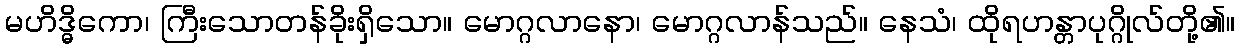
မဟိဒ္ဓိကော၊ ကြီးသောတန်ခိုးရှိသော။ မောဂ္ဂလာနော၊ မောဂ္ဂလာန်သည်။ နေသံ၊ ထိုရဟန္တာပုဂ္ဂိုလ်တို့၏။